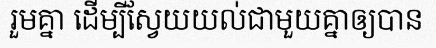
រួមគ្នា ដើម្បីស្វែយយល់ជាមួយគ្នាឲ្យបាន